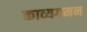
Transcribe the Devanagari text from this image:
काव्यगमन